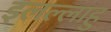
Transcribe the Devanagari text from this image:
इलल्लाहु